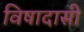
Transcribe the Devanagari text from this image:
विषादासी